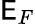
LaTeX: \mathsf{E}_{F}